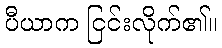
ပီယာက ငြင်းလိုက်၏။